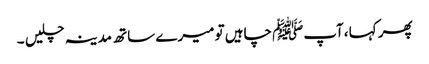
پھر کہا ،آپﷺ چاہیں تو میرے ساتھ مدینہ چلیں ۔